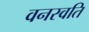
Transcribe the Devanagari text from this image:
वनस्वति